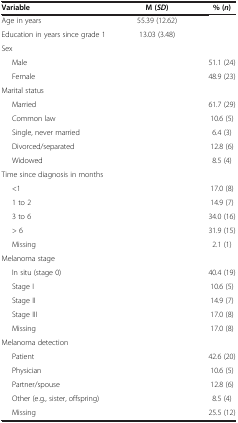
| Variable | M (SD ) | % (n ) |
 | --- | --- | --- |
 | Age in years | 55.39 (12.62) |  |
 | Education in years since grade 1 | 13.03 (3.48) |  |
 | Sex |  |  |
 | Male |  | 51.1 (24) |
 | Female |  | 48.9 (23) |
 | Marital status |  |  |
 | Married |  | 61.7 (29) |
 | Common law |  | 10.6 (5) |
 | Single, never married |  | 6.4 (3) |
 | Divorced/separated |  | 12.8 (6) |
 | Widowed |  | 8.5 (4) |
 | Time since diagnosis in months |  |  |
 | <1 |  | 17.0 (8) |
 | 1 to 2 |  | 14.9 (7) |
 | 3 to 6 |  | 34.0 (16) |
 | > 6 |  | 31.9 (15) |
 | Missing |  | 2.1 (1) |
 | Melanoma stage |  |  |
 | In situ (stage 0) |  | 40.4 (19) |
 | Stage I |  | 10.6 (5) |
 | Stage II |  | 14.9 (7) |
 | Stage III |  | 17.0 (8) |
 | Missing |  | 17.0 (8) |
 | Melanoma detection |  |  |
 | Patient |  | 42.6 (20) |
 | Physician |  | 10.6 (5) |
 | Partner/spouse |  | 12.8 (6) |
 | Other (e.g., sister, offspring) |  | 8.5 (4) |
 | Missing |  | 25.5 (12) |